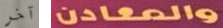
آخر والمعادن